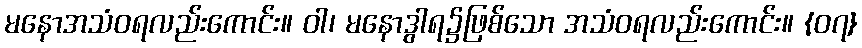
မနောအသံဝရလည်းကောင်း။ ဝါ၊ မနောဒွါရ၌ဖြစ်သော အသံဝရလည်းကောင်း။ {၀၇}